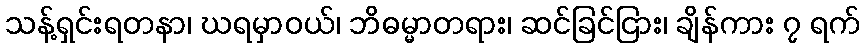
သန့်ရှင်းရတနာ၊ ဃရမှာဝယ်၊ ဘိဓမ္မာတရား၊ ဆင်ခြင်ငြား၊ ချိန်ကား ၇ ရက်